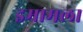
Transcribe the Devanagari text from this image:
इमामला